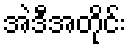
အဲဒီအတိုင်း